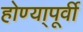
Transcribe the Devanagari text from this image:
होण्या्पूर्वी